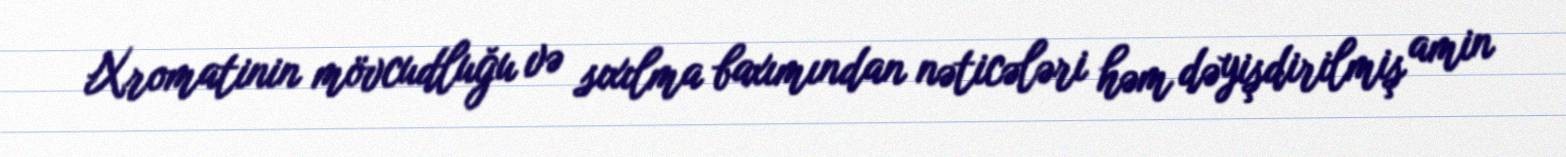
Xromatinin mövcudluğu və sıxılma baxımından nəticələri həm dəyişdirilmiş amin